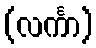
(လင်္ကာ)